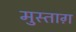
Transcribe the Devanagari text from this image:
मुस्ताग़